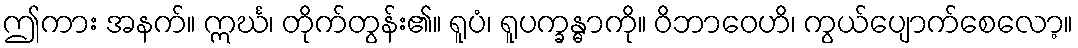
ဤကား အနက်။ ဣင်္ဃ၊ တိုက်တွန်း၏။ ရူပံ၊ ရူပက္ခန္ဓာကို။ ဝိဘာဝေဟိ၊ ကွယ်ပျောက်စေလော့။